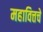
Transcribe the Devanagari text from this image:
महावित्तचे